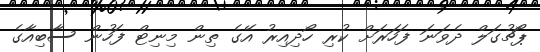
ޕޯޗުގަލް ދެވަނަ ފަހަރަށް ކުރި ހޯދިއިރު އޭގެ ތިން މިނިޓް ފަހުން ސާބިއާގެ